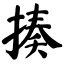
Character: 揍